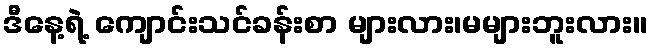
ဒီနေ့ရဲ့ ကျောင်းသင်ခန်းစာ များလား၊မများဘူးလား။